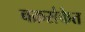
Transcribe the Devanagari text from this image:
चक्रसंकेत